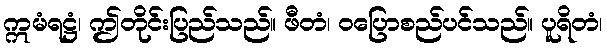
ဣမံရဋ္ဌံ၊ ဤတိုင်းပြည်သည်။ ဖီတံ၊ ဝပြောစည်ပင်သည်။ ပူရိတံ၊